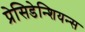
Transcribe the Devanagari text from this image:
प्रेसिडेन्शियन्स